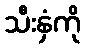
သီးနှံကို